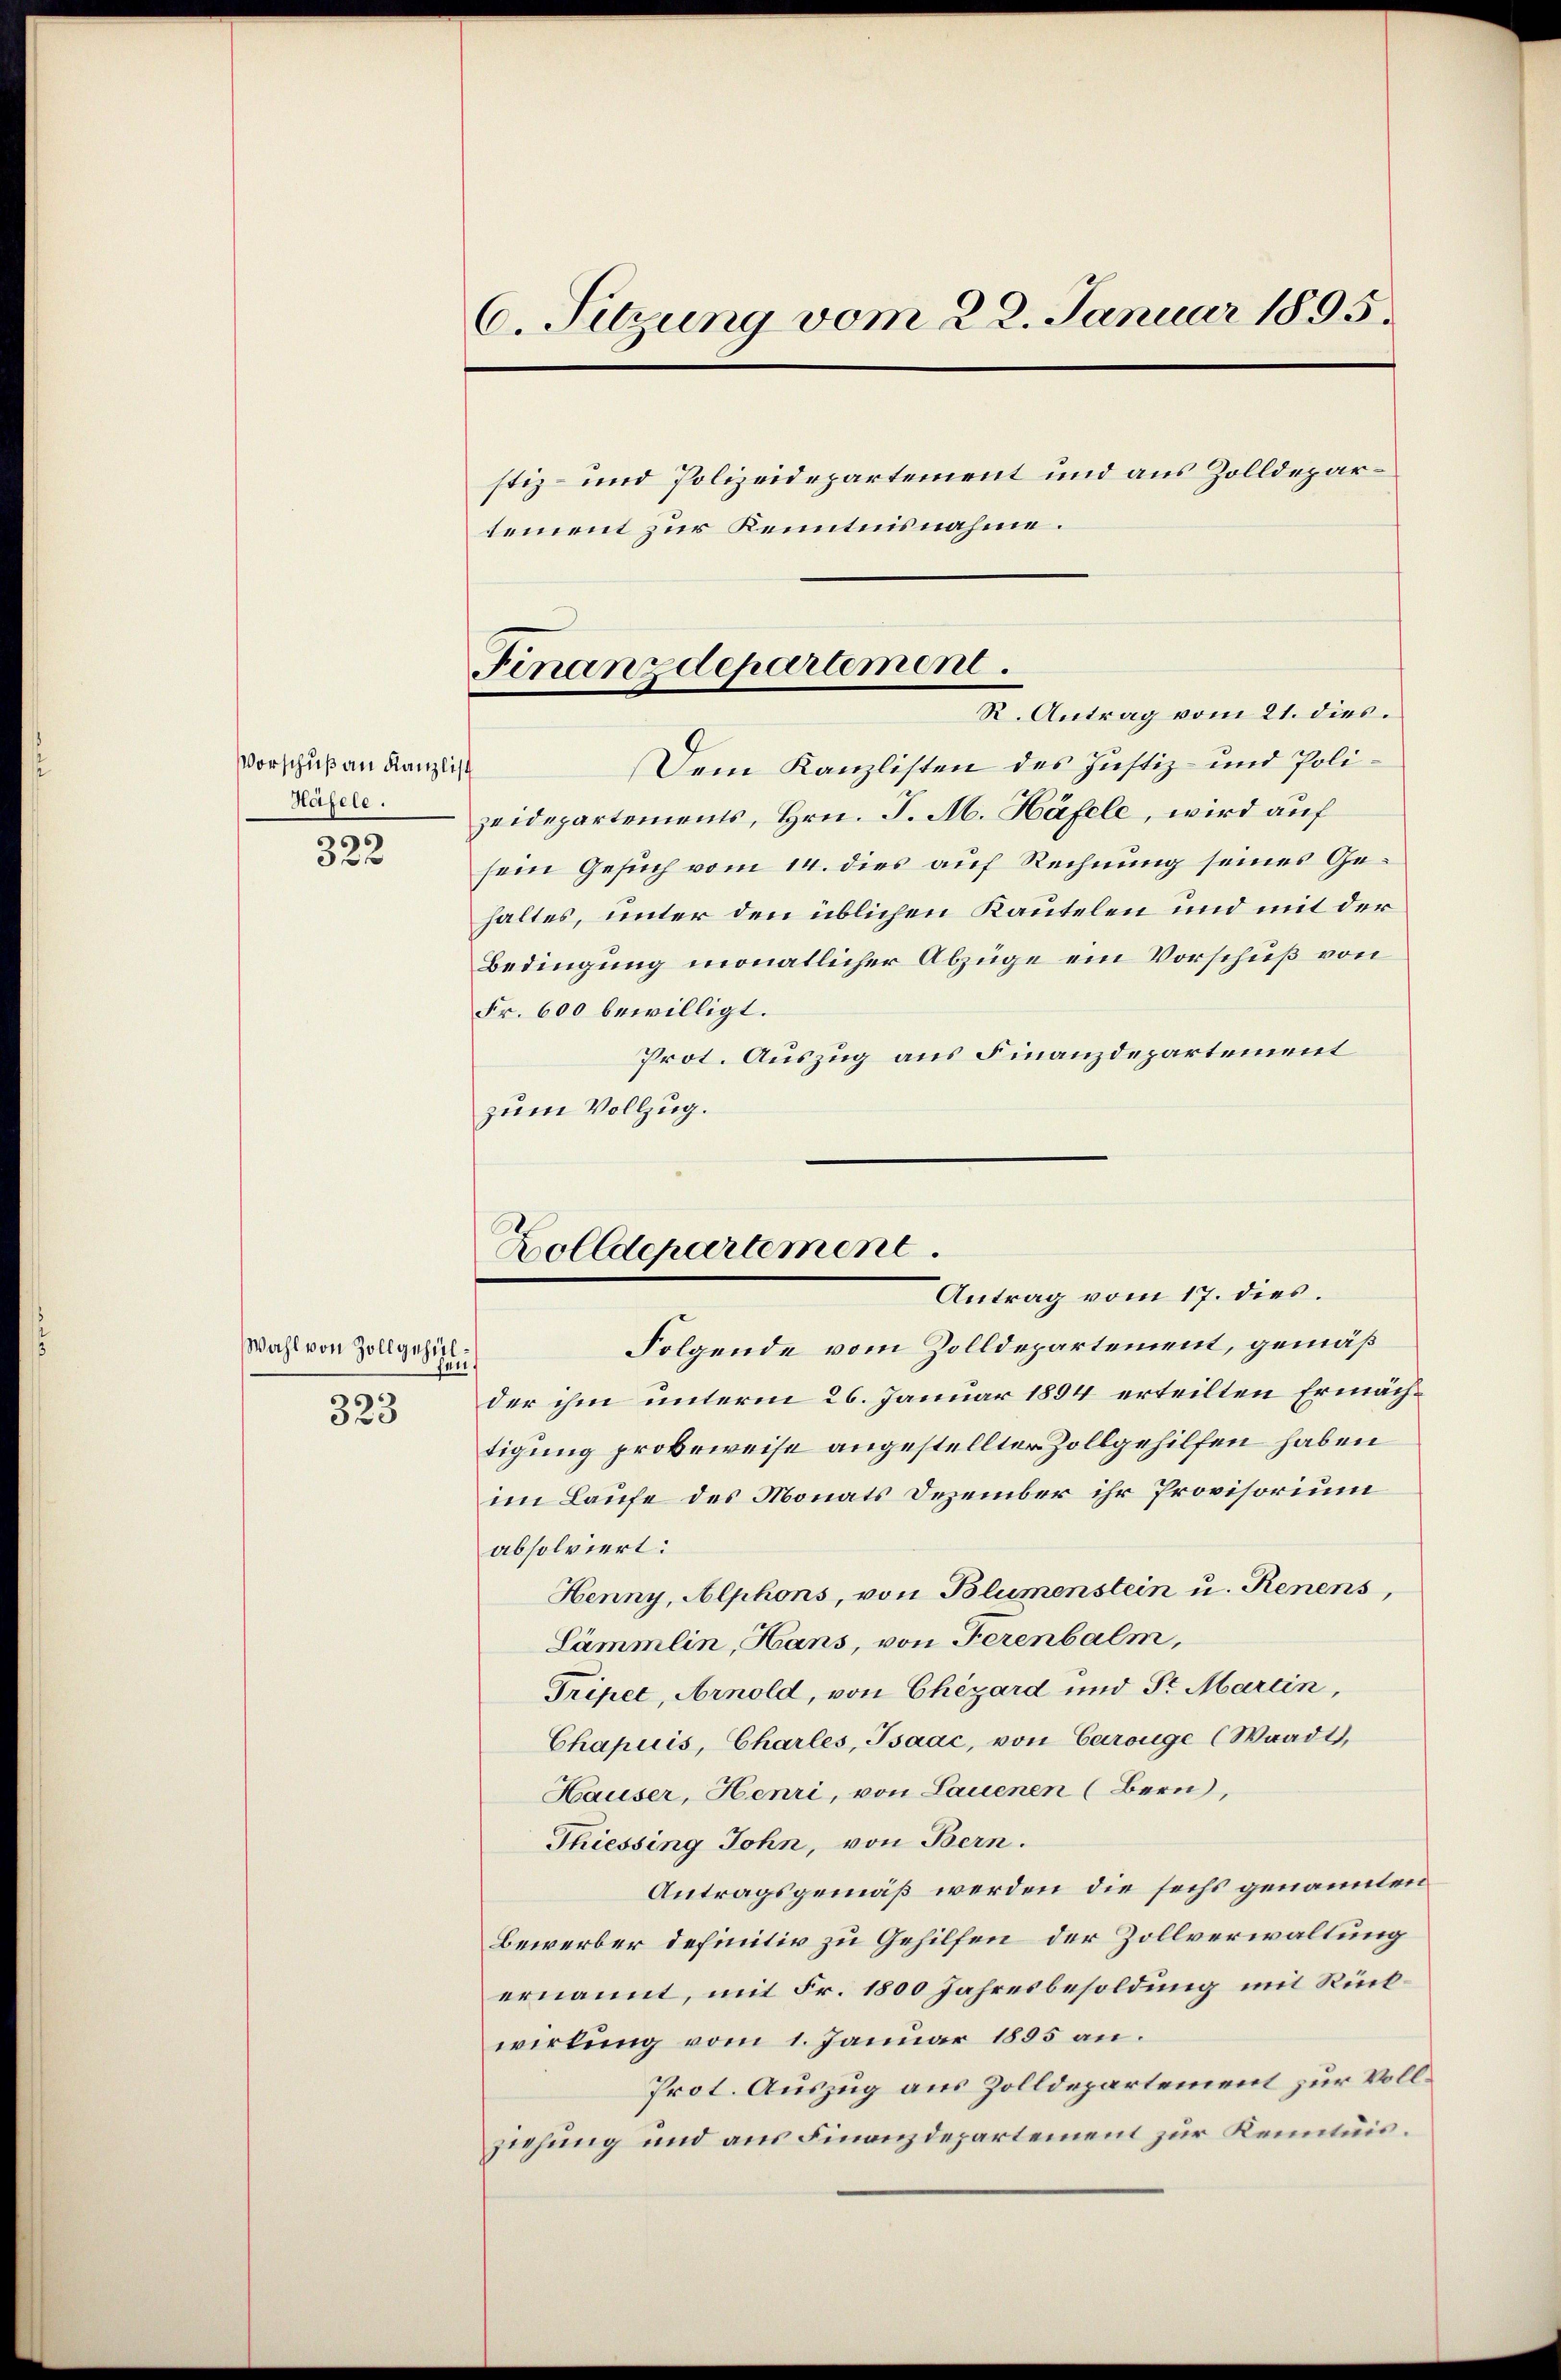
Vorschuß an Kanzlist
Häfele.
322

Wahl von Zoll gehülfen.
s
325

6. Sitzung vom 22. Januar 1895.
stiz- und Polizeidepartement und aus Zolldepartement zur Kenntnisnahme.

R. Antrag vom 21. dies.
Dem Kanzlisten des Justiz- und Polizeidepartements, Hrn. J. A. Häfele, wird auf
sein Gesuch vom 14. dies auf Rechnung seines Gehaltes, unter den üblichen Kautelen und mit der
Bedingung monatlicher Abzüge ein Vorschuß von
Fr. 600 bewilligt.
Prot. Auszug aus Finanzdepartement
zum Vollzug.
der ihm unterm 26. Januar 1894 erteilten Ermächtigung probeweise angestellter Zollgehilfen haben
im Laufe des Monats Dezember ihr Provisorium
absolviert:
Henny, Alphons, von Blumenstein u. Renens,
Lämmlin, Hans, von Ferenbalm,
Triper, Arnold, von Chizard und Sr. Martin,
Chapuis, Charles, Isaac, von Carouge (Waadt,
Hauser, Henri, von Lauenen (Bern,
Thiessing John, von Bern.
Antragsgemäß werden die sechs genannten
Bewerber definitiv zu Gehilfen der Zollverwaltung
ernannt, mit Fr. 1800 Jahresbesoldung mit Rückwirkung vom 1. Januar 1895 an.
Prot. Auszug aus Zolldepartement zur Vollziehung und aus Finanzdepartement zur Kenntnis.

Finanzdepartement.

Holldepartement
Antrag vom 17. dies.
Folgende vom Zolldepartement, gemäß¬